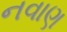
નવાણ